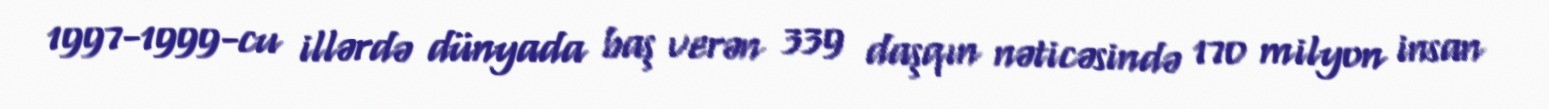
1997-1999-cu illərdə dünyada baş verən 339 daşqın nəticəsində 170 milyon insan